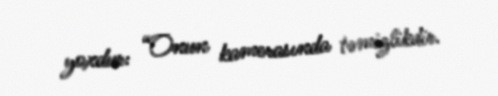
yoxdur: “Onun kamerasında təmizlikdir.